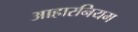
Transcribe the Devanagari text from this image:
आहारनियम